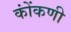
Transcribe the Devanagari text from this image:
कोंंकणी